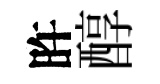
旿醇